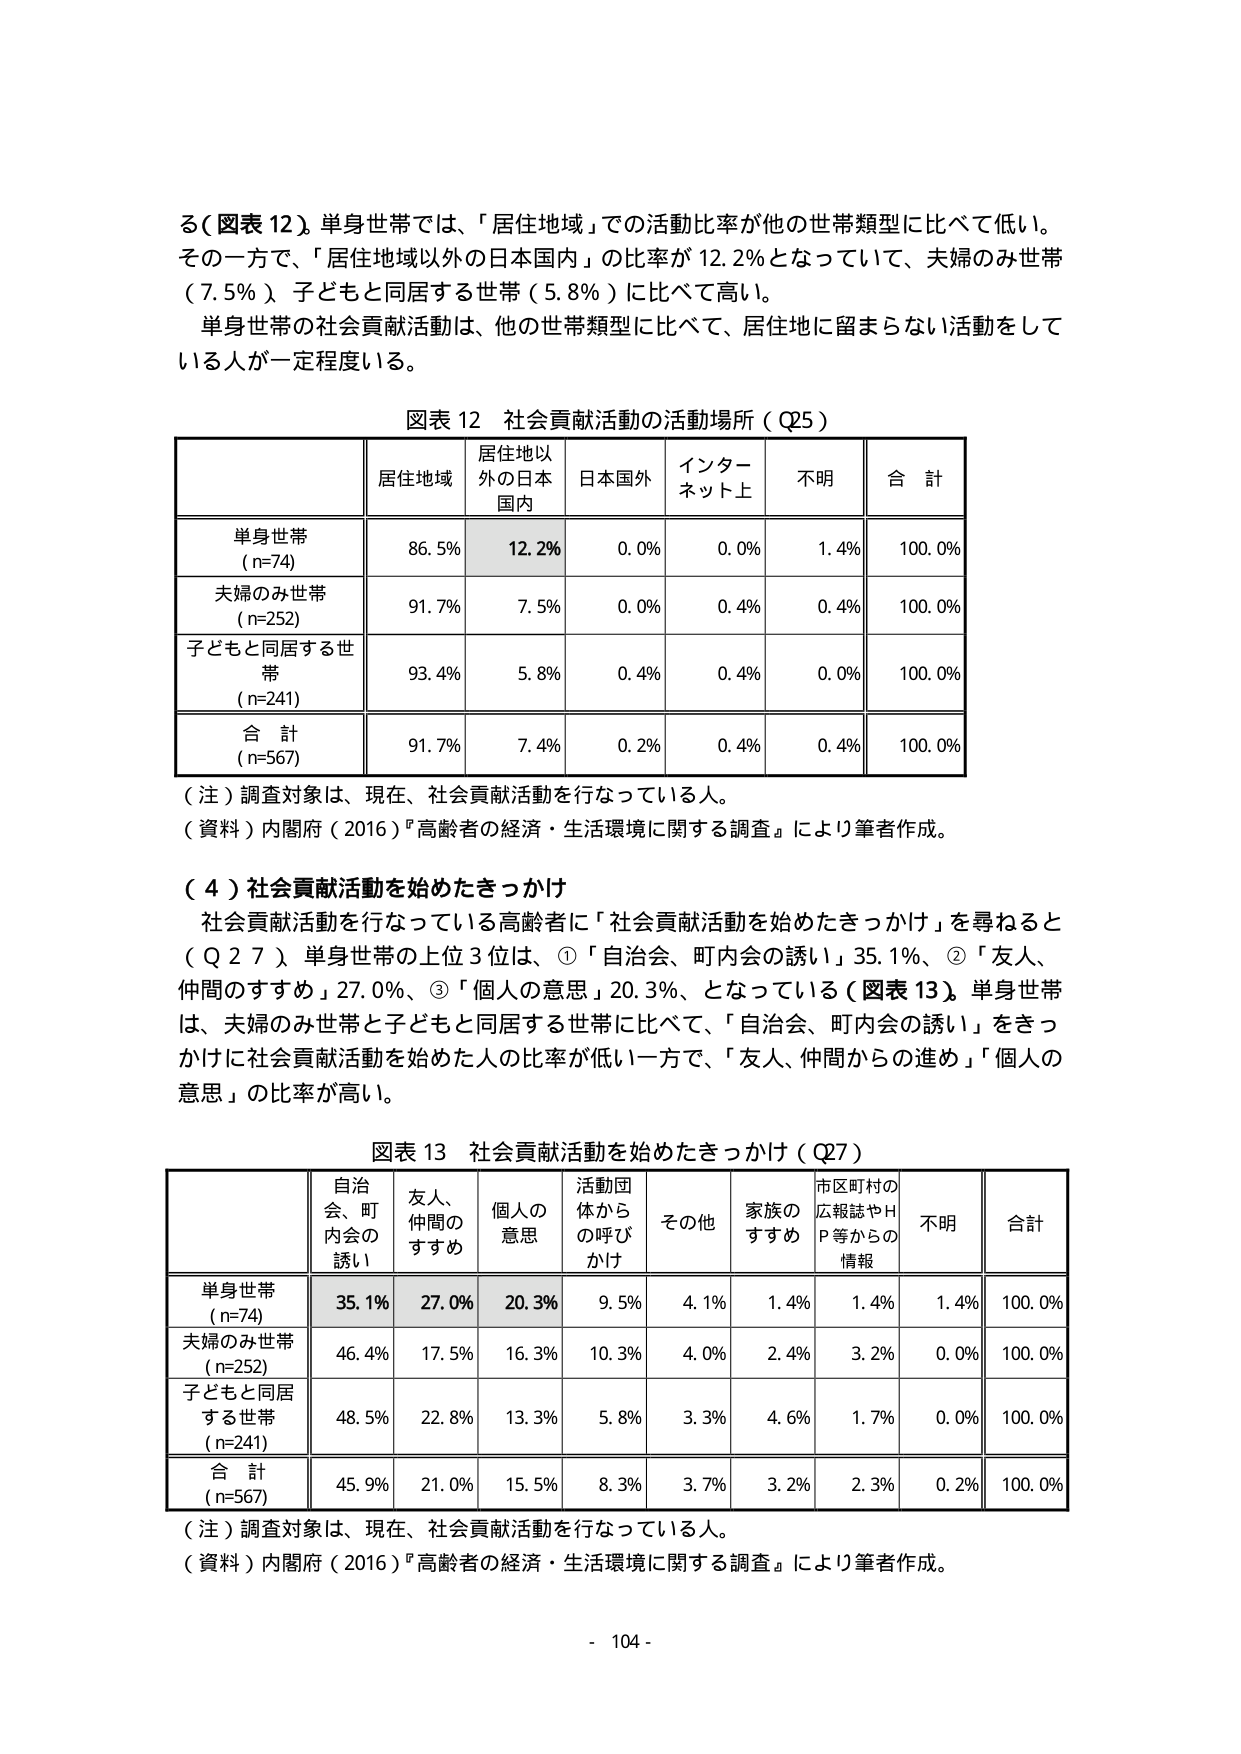
る（図表 12）。単身世帯では、「居住地域」での活動比率が他の世帯類型に比べて低い。
その一方で、「居住地域以外の日本国内」の比率が 12.2％となっていて、夫婦のみ世帯（7.5％）、子どもと同居する世帯（5.8％）に比べて高い。
単身世帯の社会貢献活動は、他の世帯類型に比べて、居住地に留まらない活動をしている人が一定程度いる。

図表 12 社会貢献活動の活動場所（Q25）

| | 居住地域 | 居住地以外の日本国内 | 日本国外 | インターネット上 | 不明 | 合計 |
|---|---|---|---|---|---|---|
| 単身世帯 (n=74) | 86.5% | 12.2% | 0.0% | 0.0% | 1.4% | 100.0% |
| 夫婦のみ世帯 (n=252) | 91.7% | 7.5% | 0.0% | 0.4% | 0.4% | 100.0% |
| 子どもと同居する世帯 (n=241) | 93.4% | 5.8% | 0.4% | 0.4% | 0.0% | 100.0% |
| 合計 (n=567) | 91.7% | 7.4% | 0.2% | 0.4% | 0.4% | 100.0% |

（注）調査対象は、現在、社会貢献活動を行なっている人。
（資料）内閣府（2016）『高齢者の経済・生活環境に関する調査』により筆者作成。

（4）社会貢献活動を始めたきっかけ
社会貢献活動を行なっている高齢者に「社会貢献活動を始めたきっかけ」を尋ねると（Q27）、単身世帯の上位3位は、①「自治会、町内会の誘い」35.1%、②「友人、仲間のすすめ」27.0%、③「個人の意思」20.3%、となっている（図表 13）。単身世帯は、夫婦のみ世帯と子どもと同居する世帯に比べて、「自治会、町内会の誘い」をきっかけに社会貢献活動を始めた人の比率が低い一方で、「友人、仲間からの進め」「個人の意思」の比率が高い。

図表 13 社会貢献活動を始めたきっかけ（Q27）

| | 自治会、町内会の誘い | 友人、仲間のすすめ | 個人の意思 | 活動団体からの呼びかけ | その他 | 家族のすすめ | 市区町村の広報誌やHP等からの情報 | 不明 | 合計 |
|---|---|---|---|---|---|---|---|---|---|
| 単身世帯 (n=74) | 35.1% | 27.0% | 20.3% | 9.5% | 4.1% | 1.4% | 1.4% | 1.4% | 100.0% |
| 夫婦のみ世帯 (n=252) | 46.4% | 17.5% | 16.3% | 10.3% | 4.0% | 2.4% | 3.2% | 0.0% | 100.0% |
| 子どもと同居する世帯 (n=241) | 48.5% | 22.8% | 13.3% | 5.8% | 3.3% | 4.6% | 1.7% | 0.0% | 100.0% |
| 合計 (n=567) | 45.9% | 21.0% | 15.5% | 8.3% | 3.7% | 3.2% | 2.3% | 0.2% | 100.0% |

（注）調査対象は、現在、社会貢献活動を行なっている人。
（資料）内閣府（2016）『高齢者の経済・生活環境に関する調査』により筆者作成。

- 104 -